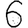
Digit: 6